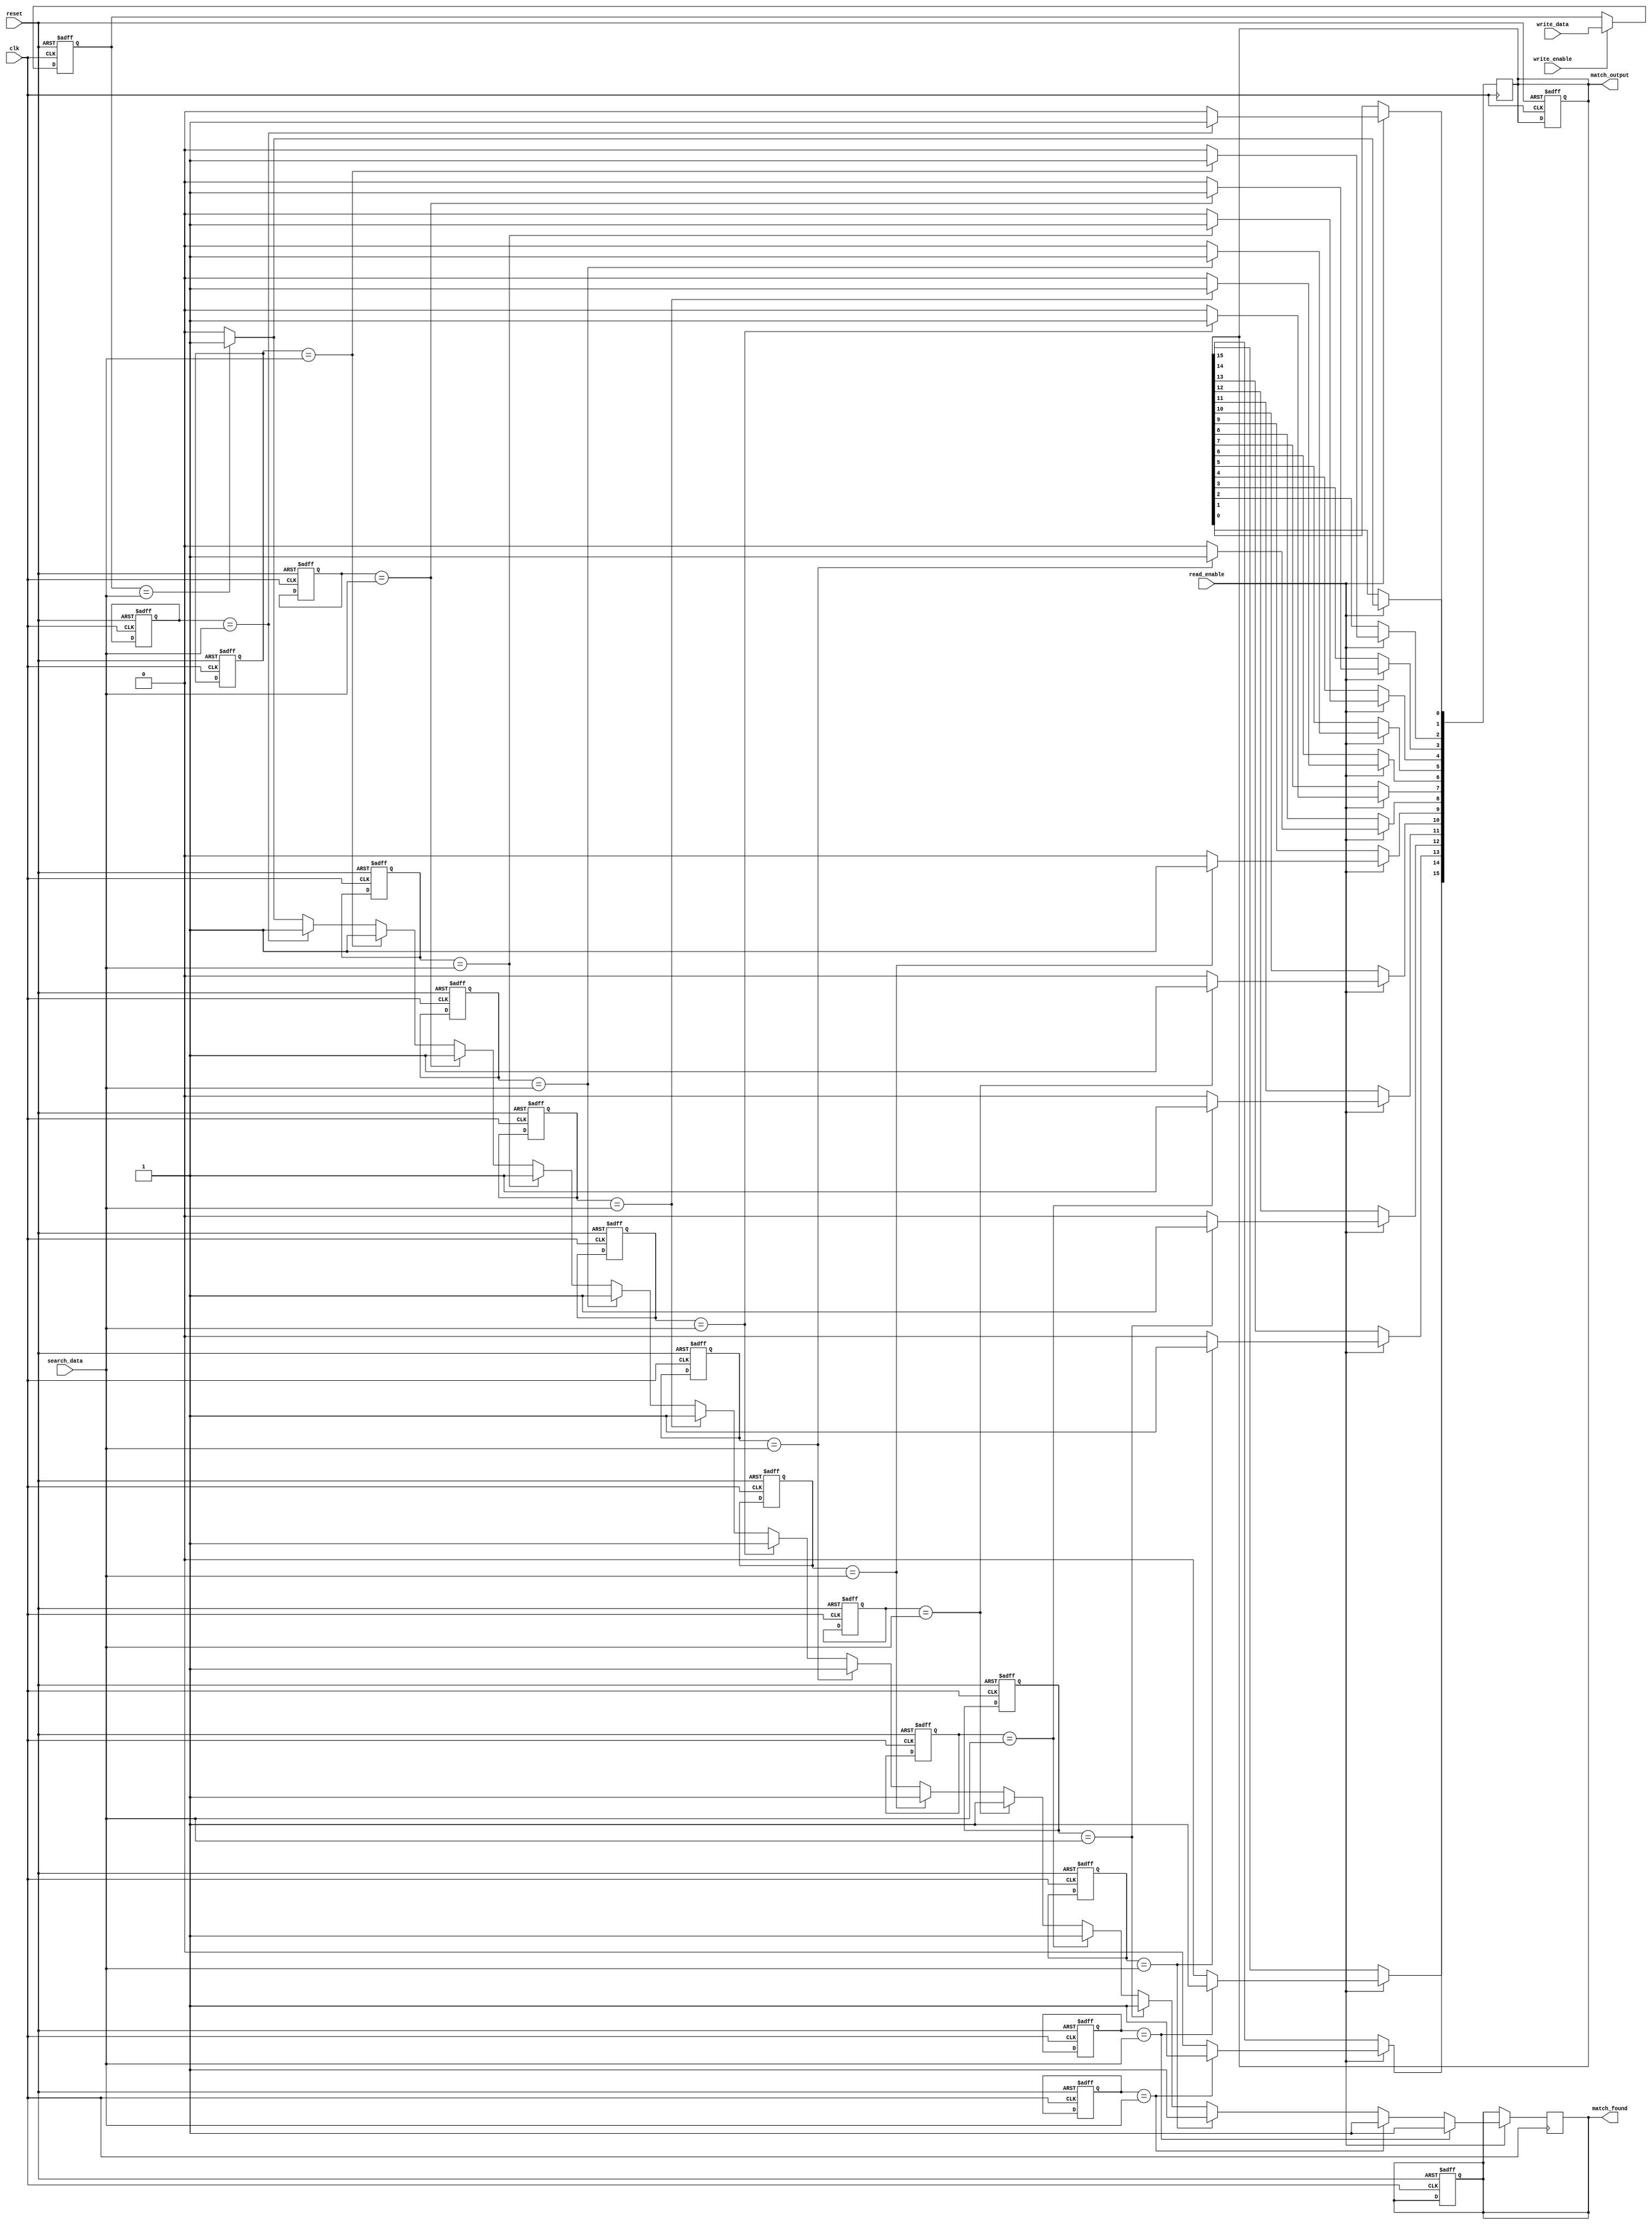
module CAM #(
    parameter DATA_WIDTH = 8,   // Width of the data
    parameter DEPTH = 16         // Number of entries in the CAM
)(
    input wire clk,              // Clock signal
    input wire reset,            // Reset signal
    input wire write_enable,     // Write enable signal
    input wire read_enable,      // Read enable signal
    input wire [DATA_WIDTH-1:0] search_data, // Data to search
    input wire [DATA_WIDTH-1:0] write_data,  // Data to write
    output reg [DEPTH-1:0] match_output,      // Match output vector
    output reg match_found       // Match found signal
);

    // Storage array for CAM
    reg [DATA_WIDTH-1:0] cam_array [0:DEPTH-1];

    integer i;

    // Reset and Write operations
    always @(posedge clk or posedge reset) begin
        if (reset) begin
            // Clear the CAM
            for (i = 0; i < DEPTH; i = i + 1) begin
                cam_array[i] <= {DATA_WIDTH{1'b0}};
            end
            match_output <= {DEPTH{1'b0}};
            match_found <= 1'b0;
        end else if (write_enable) begin
            // Write data to CAM
            cam_array[0] <= write_data; // For simplicity, writing to the first entry
        end
    end

    // Read (Search) operation
    always @(posedge clk) begin
        if (read_enable) begin
            match_output <= {DEPTH{1'b0}}; // Clear match output
            match_found <= 1'b0;           // Clear match found signal
            
            // Compare search_data with all entries in the CAM
            for (i = 0; i < DEPTH; i = i + 1) begin
                if (cam_array[i] == search_data) begin
                    match_output[i] <= 1'b1; // Set match output for matching entry
                    match_found <= 1'b1;      // Indicate that a match was found
                end
            end
        end
    end

endmodule